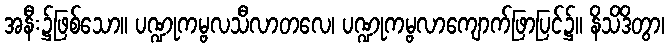
အနီး၌ဖြစ်သော။ ပဏ္ဍုကမ္ဗလသီလာတလေ၊ ပဏ္ဍုကမ္ဗလာကျောက်ဖြာပြင်၌။ နိသိဒိတွာ၊